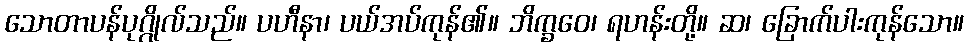
သောတာပန်ပုဂ္ဂိုလ်သည်။ ပဟီနာ၊ ပယ်အပ်ကုန်၏။ ဘိက္ခဝေ၊ ရဟန်းတို့။ ဆ၊ ခြောက်ပါးကုန်သော။